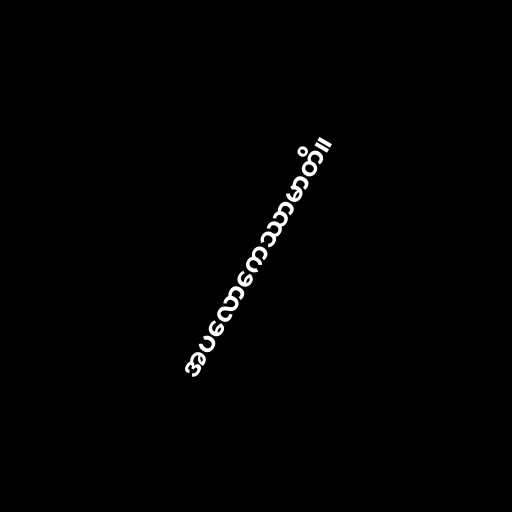
အပလောကေဿာမာတိ။